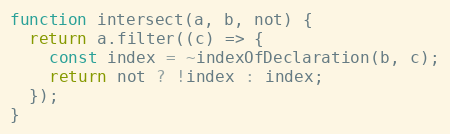
Language: JavaScript
function intersect(a, b, not) {
  return a.filter((c) => {
    const index = ~indexOfDeclaration(b, c);
    return not ? !index : index;
  });
}